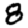
Digit: 8